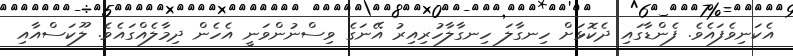
އެކަނިވެފައެވެ. ފެންޑާގައި ދެކޮޅަށް ހިނގާލަ ހިނގާލާހުރިއިރު އޭނަގެ ވިސްނުންވަނީ އެހެން ދިމާލެއްގައެވެ. ލޫކަސްއާއި